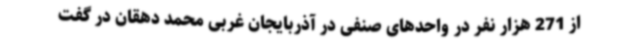
از 271 هزار نفر در واحدهای صنفی در آذربایجان غربی محمد دهقان در گفت